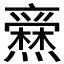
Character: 𱬩